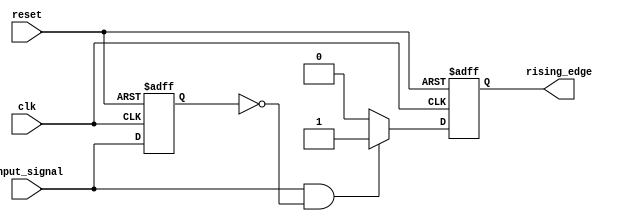
module rising_edge_detector (
    input wire clk,                // Clock signal
    input wire reset,              // Asynchronous reset signal
    input wire input_signal,       // Signal to be monitored for rising edges
    output reg rising_edge         // Output signal indicating a rising edge
);

    reg previous_state;            // Variable to hold the previous state of the input_signal

    // Synchronous process to store the previous state and detect the rising edge
    always @(posedge clk or posedge reset) begin
        if (reset) begin
            previous_state <= 1'b0; // Reset previous state to 0
            rising_edge <= 1'b0;     // Reset the rising edge output
        end else begin
            // Edge detection logic
            rising_edge <= (input_signal == 1'b1 && previous_state == 1'b0) ? 1'b1 : 1'b0;
            previous_state <= input_signal; // Update previous state with current input
        end
    end

endmodule